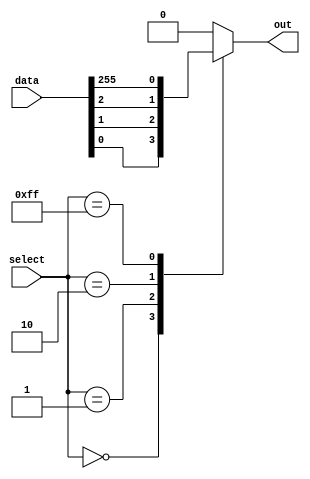
module mux_256_to_1 (
    input [255:0] data,
    input [7:0] select,
    output reg out
);

always @* begin
    case (select)
        8'b00000000: out = data[0];
        8'b00000001: out = data[1];
        8'b00000010: out = data[2];
        // Continue for all 256 cases
        8'b11111111: out = data[255];
        default: out = 0; // Default case in case select is out of range
    endcase
end

endmodule